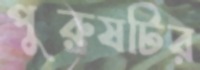
পুরুষটির